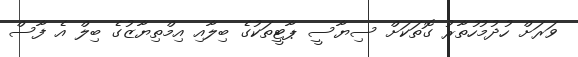
ވަރަށް ހުދުމުހުތާރު ގޮތަކަށް ސިޔާސީ ޕާޓީތަކުގެ ބިލާއި އިމްތިޔާޒުގެ ބިލް އެ ފާސް